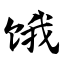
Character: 饿